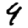
Digit: 9